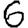
Digit: 6